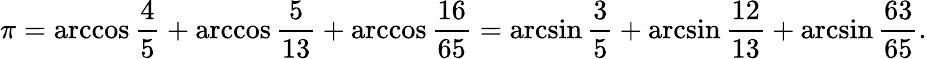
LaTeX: \pi=\operatorname{arccos}{\frac{4}{5}}+\operatorname{arccos}{\frac{5}{13}}+\operatorname{arccos}{\frac{16}{65}}=\arcsin{\frac{3}{5}}+\arcsin{\frac{12}{13}}+\arcsin{\frac{63}{65}}.